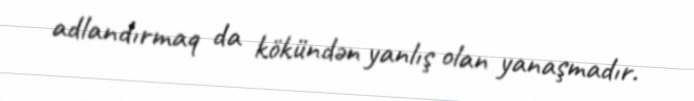
adlandırmaq da kökündən yanlış olan yanaşmadır.